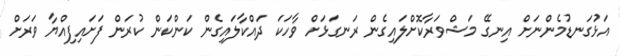
އަޅުގަނޑުމެންނަށް އިނގޭ މަޝްވަރާކޮށްލައިގެން ރަނގަޅަށް ވާހަކަ ދައްކާލައިގެން ކަންކަން ކުރަން ފަށައިފިއްޔާ ވަރަށް